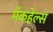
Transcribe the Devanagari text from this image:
मॅकहेल्स